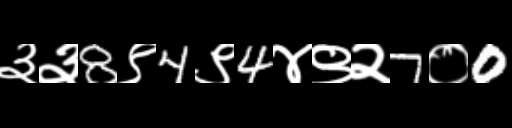
Text: ३३8९4९4४९२7०0